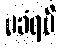
မခံရမီ